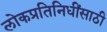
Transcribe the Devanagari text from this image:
लोकप्रतिनिधींसाठी